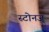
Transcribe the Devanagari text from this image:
स्टोनज्